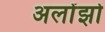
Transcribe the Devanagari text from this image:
अलोंझो